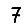
Digit: 7